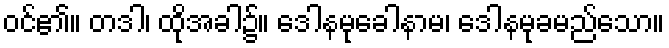
ဝင်၏။ တဒါ၊ ထိုအခါ၌။ ဒေါနမုခေါနာမ၊ ဒေါနမုခမည်သော။